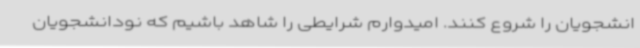
انشجویان را شروع کنند. امیدوارم شرایطی را شاهد باشیم که نودانشجویان